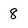
Character: 8